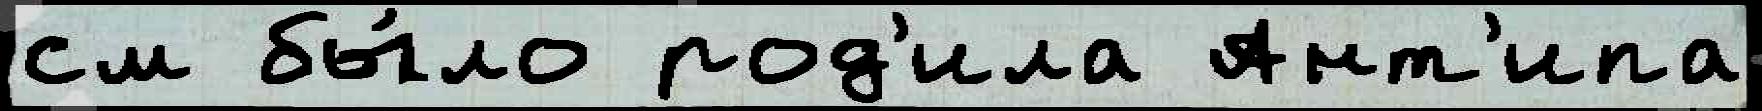
см бы́ло род'ила Ант'ипа